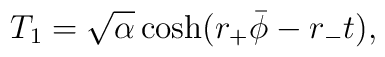
T_1 = \sqrt{\alpha} \cosh( r_+ \bar \phi - r_- t),